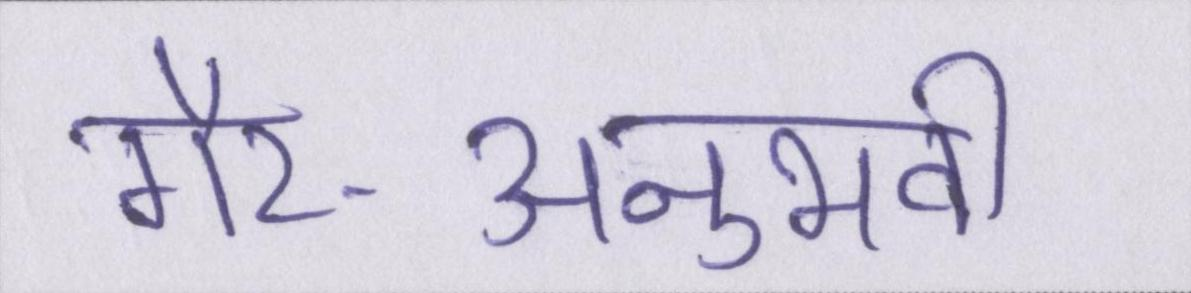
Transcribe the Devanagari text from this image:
गैर-अनुभवी